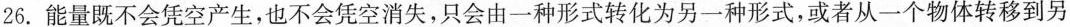
26. 能量既不会凭空产生，也不会凭空消失，只会由一种形式转化为另